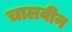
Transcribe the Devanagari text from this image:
चालवीन